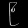
Digit: ၉